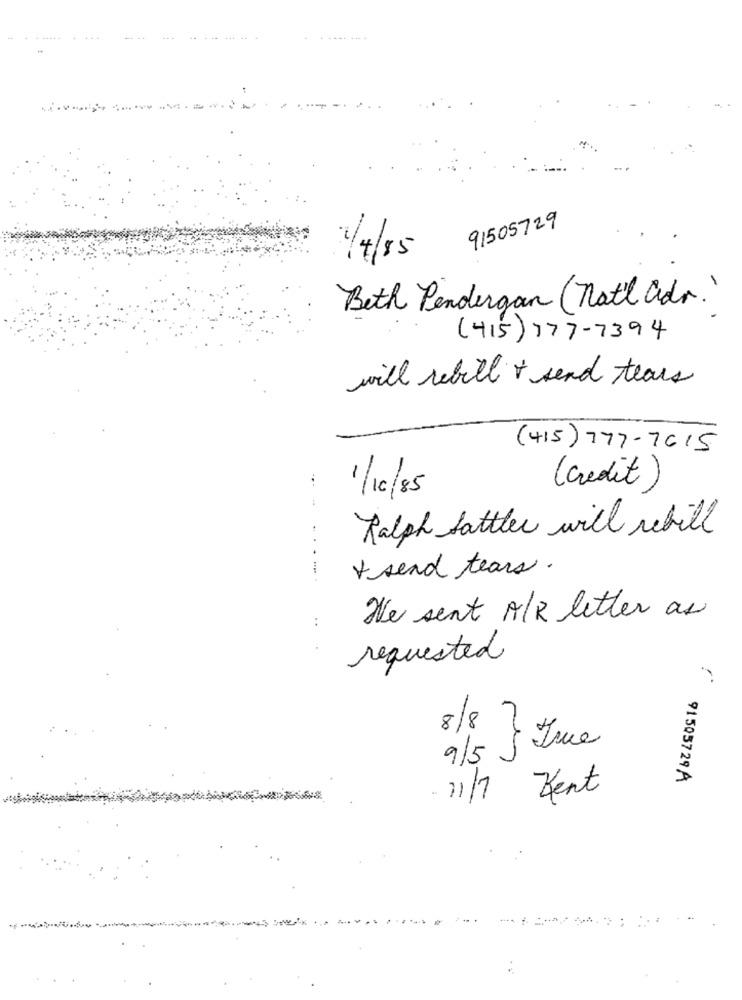
91505729
2/4/85
Beth Pendergan ( nat'l adr. )
(415) 777-7394
will rebill + send tears
(415) 777-7615
...
1/10/85
(credit)
Ralph Sattler will rebill
+ send tears.
.....
..
We sent A/R letter as
requested
8/8 Twe
9/5
91505729A
11/7 Kent